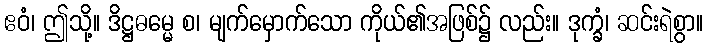
ဧဝံ၊ ဤသို့။ ဒိဋ္ဌဓမ္မေ စ၊ မျက်မှောက်သော ကိုယ်၏အဖြစ်၌ လည်း။ ဒုက္ခံ၊ ဆင်းရဲစွာ။